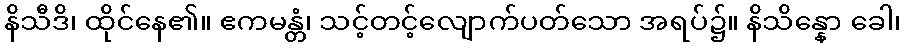
နိသီဒိ၊ ထိုင်နေ၏။ ဧကမန္တံ၊ သင့်တင့်လျောက်ပတ်သော အရပ်၌။ နိသိန္နော ခေါ၊